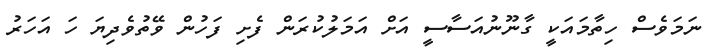
ނަމަވެސް ހިތާމައަކީ ގާނޫނުއަސާސީ އަށް އަމަލުކުރަން ފެށި ފަހުން ވޭތުވެދިޔަ ހަ އަހަރު